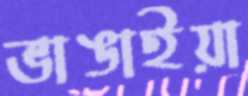
ভাঙাইয়া